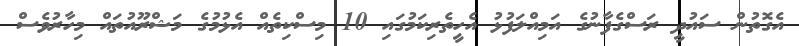
އެގޮތުން ސައުދީ ރަސްގެފާނުގެ އަމިއްލަފުޅު އެހީތެރިކަމުގައި 10 މިސްކިތެއް އެޅުމުގެ މަޝްރޫއުތައް މިހާރުވެސް